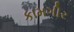
કામગીર